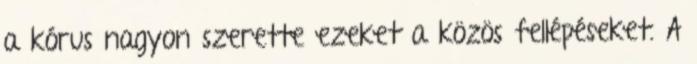
a kórus nagyon szerette ezeket a közös fellépéseket. A